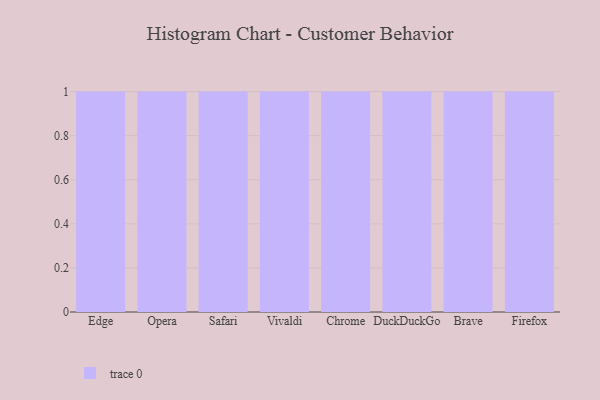
{"axis": {"x": "Browser", "y": "Net Income (USD K)"}, "legend": [""], "data": [{"x": "Edge", "y": 71, "type": ""}, {"x": "Opera", "y": 71, "type": ""}, {"x": "Safari", "y": 62, "type": ""}, {"x": "Vivaldi", "y": 46, "type": ""}, {"x": "Chrome", "y": 32, "type": ""}, {"x": "DuckDuckGo", "y": 12, "type": ""}, {"x": "Brave", "y": 61, "type": ""}, {"x": "Firefox", "y": 74, "type": ""}]}